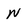
Character: N